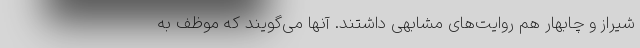
شیراز و چابهار هم روایت‌های مشابهی داشتند. آنها می‌گویند که موظف به